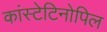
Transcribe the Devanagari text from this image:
कांस्टेटिनोपिल